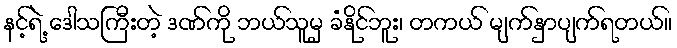
နင့်ရဲ့ ဒေါသကြီးတဲ့ ဒဏ်ကို ဘယ်သူမှ ခံနိုင်ဘူး၊ တကယ် မျက်နှာပျက်ရတယ်။